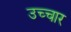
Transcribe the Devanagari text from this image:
उच्‍चार